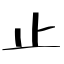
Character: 止